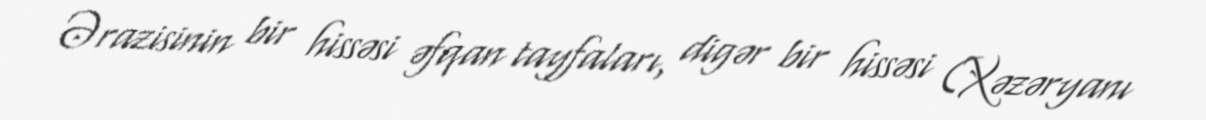
Ərazisinin bir hissəsi əfqan tayfaları, digər bir hissəsi (Xəzəryanı